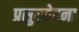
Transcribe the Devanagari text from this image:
प्रसुतवेदना